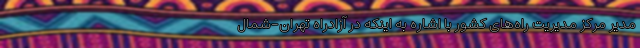
مدیر مرکز مدیریت راه‌های کشور با اشاره به اینکه در آزادراه تهران-شمال